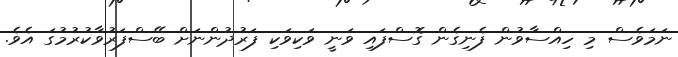
ނަމަވެސް މި ހިއްސާވުން ފެނިގެން ގޮސްފައި ވަނީ ވަކިވަކި ފަރުދުންނަށް ބޭސްފަރުވާކުރުމުގަ އެވެ.